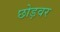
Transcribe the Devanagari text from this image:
छोड़वर